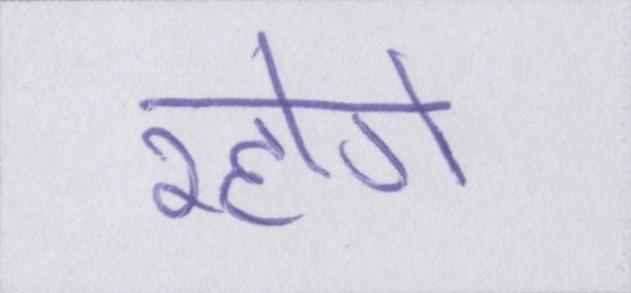
रहोगे